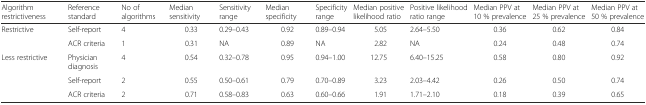
| Algorithm restrictiveness | Reference standard | No of algorithms | Median sensitivity | Sensitivity range | Median specificity | Specificity range | Median positive likelihood ratio | Positive likelihood ratio range | Median PPV at 10 % prevalence | Median PPV at 25 % prevalence | Median PPV at 50 % prevalence |
 | --- | --- | --- | --- | --- | --- | --- | --- | --- | --- | --- | --- |
 | <ROWSPAN=2> Restrictive | Self-report | 4 | 0.33 | 0.29–0.43 | 0.92 | 0.89–0.94 | 5.05 | 2.64–5.50 | 0.36 | 0.62 | 0.84 |
 | ACR criteria | 1 | 0.31 | NA | 0.89 | NA | 2.82 | NA | 0.24 | 0.48 | 0.74 |
 | <ROWSPAN=3> Less restrictive | Physician diagnosis | 4 | 0.54 | 0.32–0.78 | 0.95 | 0.94–1.00 | 12.75 | 6.40–15.25 | 0.58 | 0.80 | 0.92 |
 | Self-report | 2 | 0.55 | 0.50–0.61 | 0.79 | 0.70–0.89 | 3.23 | 2.03–4.42 | 0.26 | 0.50 | 0.74 |
 | ACR criteria | 2 | 0.71 | 0.58–0.83 | 0.63 | 0.60–0.66 | 1.91 | 1.71–2.10 | 0.18 | 0.39 | 0.65 |